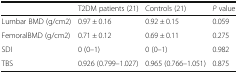
<table><thead><tr><td></td><td><b>T2DM patients (21)</b></td><td><b>Controls (21)</b></td><td><b><i>P</i> value</b></td></tr></thead><tbody><tr><td>Lumbar BMD (g/cm2)</td><td>0.97 ± 0.16</td><td>0.92 ± 0.15</td><td>0.059</td></tr><tr><td>FemoralBMD (g/cm2)</td><td>0.71 ± 0.12</td><td>0.69 ± 0.11</td><td>0.275</td></tr><tr><td>SDI</td><td>0 (0–1)</td><td>0 (0–1)</td><td>0.982</td></tr><tr><td>TBS</td><td>0.926 (0.799–1.027)</td><td>0.965 (0.766–1.051)</td><td>0.875</td></tr></tbody></table>